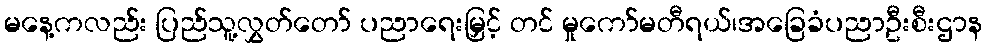
မနေ့ကလည်း ပြည်သူ့လွှတ်တော် ပညာရေးမြှင့် တင် မှုကော်မတီရယ်၊အခြေခံပညာဦးစီးဌာန